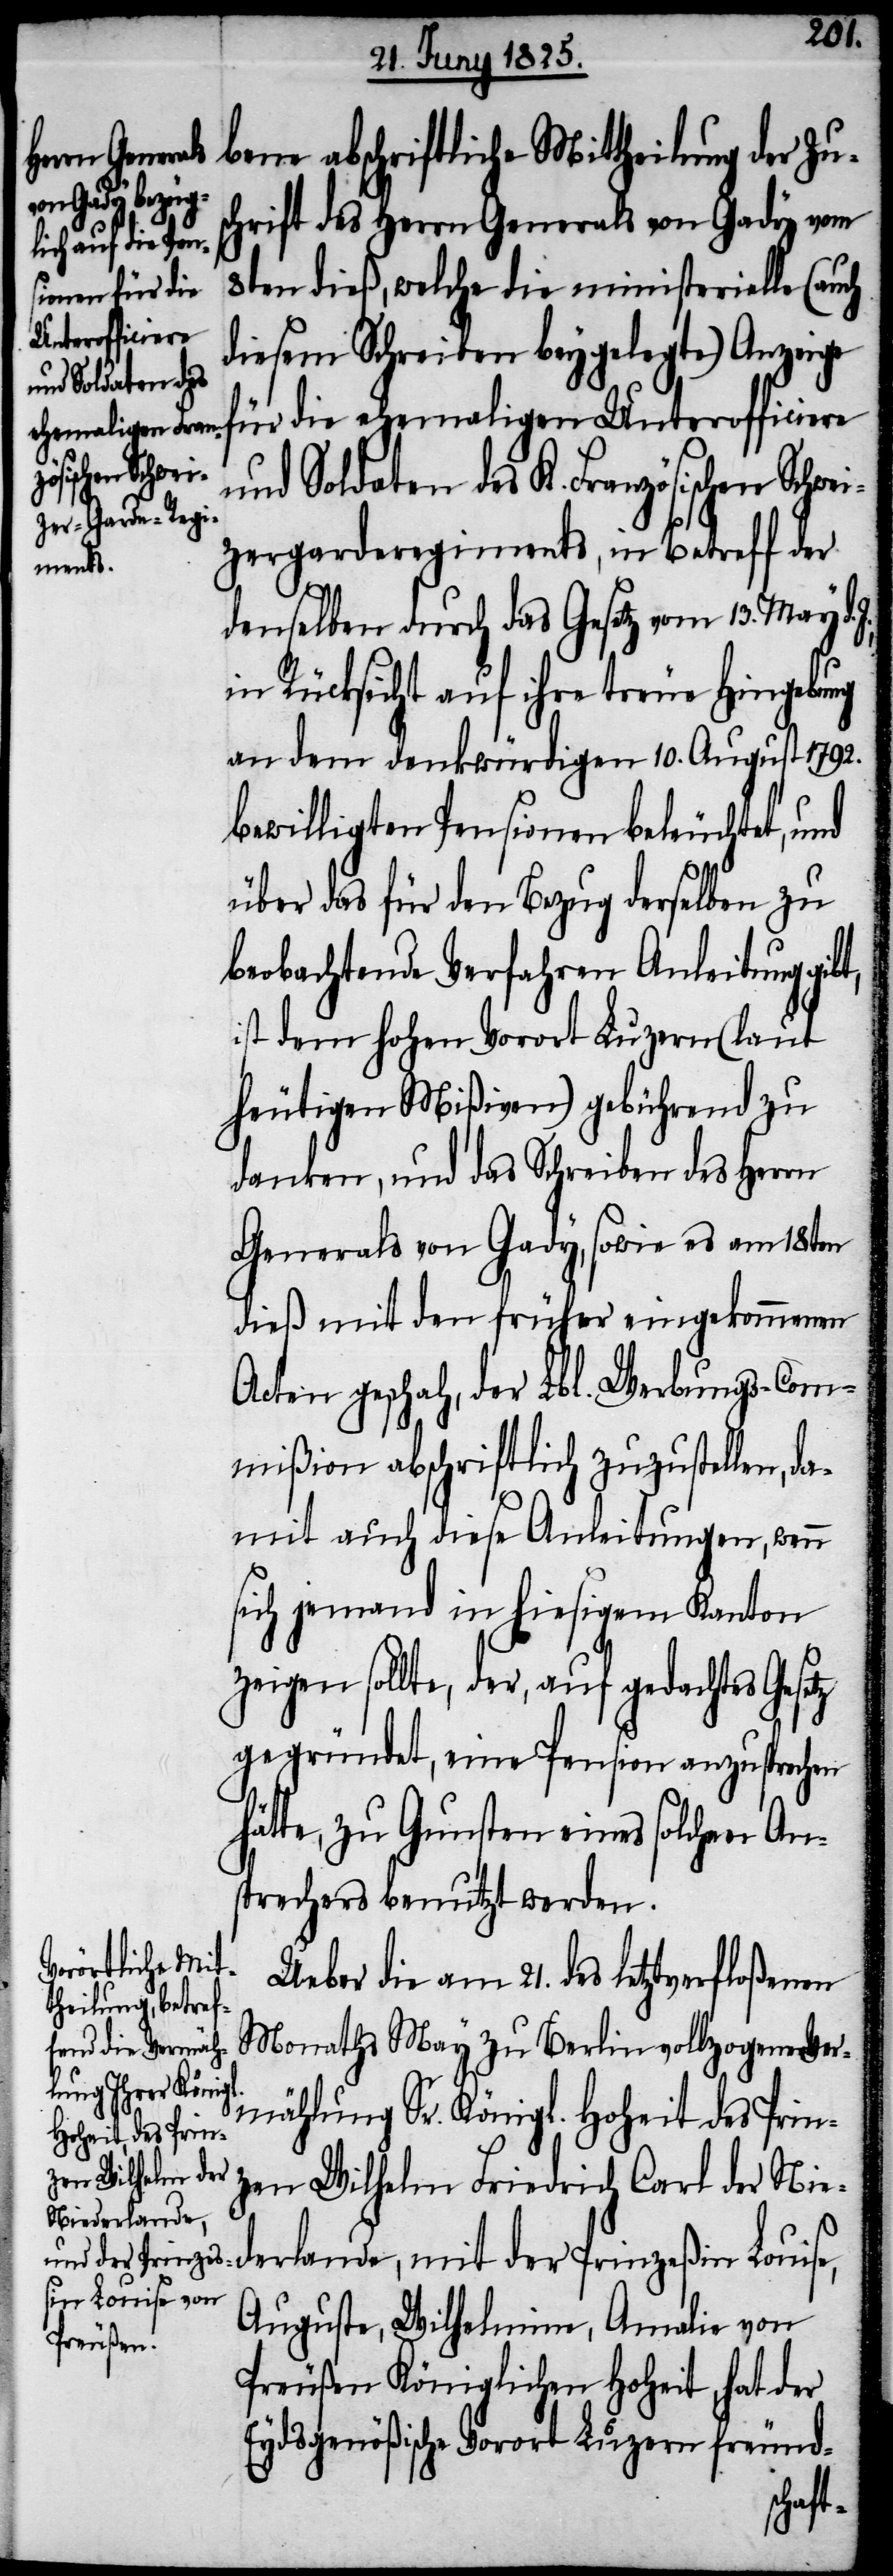
bene abschriftliche Mittheilung der Zu¬
schrift des Herrn Generals von Gady vom
8ten dieß, welche die ministerielle (auch
diesem Schreiben beygelegte) Anzeige
für die ehemaligen Unterofficiere
und Soldaten des K. Französischen Schwe¬
izergarderegiments, in Betreff der
denselben durch das Gesetz vom 13. May d.
in Rücksicht auf ihre treue Hingebung
an dem denkwürdigen 10. August 1792.
bewilligten Pensionen beleuchtet, und
über das für den Bezug derselben zu
beobachtende Verfahren Anleitung
ist dem hohen Vorort Luzern (laut
heutigen Mißiven) gebührend zu
danken, und das Schreiben des Herrn
Generals von Gady, sowie es am 18ten
dieß mit den früher eingekommenen
Acten geschah, der Lbl. Werbungs-Com¬
mißion abschriftlich zuzustellen, da¬
mit auch diese Anleitungen, wenn
sich jemand in hiesigem Kanton
zeigen sollte, der, auf gedachtes
gegründet, eine Pension anzusprechen
hätte, zu Gunsten eines solchen An¬
sprechers benutzt werden.
Ueber die am 21. des letztverfloßenen
Monaths May zu Berlin vollzogene Ver¬
mählung Sr. Königl. Hoheit des Prin¬
zen Wilhelm Friedrich Carl der Nie¬
derlande, mit der Prinzeßin Louise,
Auguste, Wilhelmine, Amalie von
Preußen Königlichen Hoheit, hat der
Eydsgenößische Vorort Luzern freund-